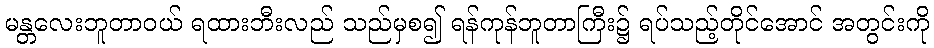
မန္တလေးဘူတာဝယ် ရထားဘီးလည် သည်မှစ၍ ရန်ကုန်ဘူတာကြီး၌ ရပ်သည့်တိုင်အောင် အတွင်းကို